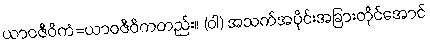
ယာဝဇီဝိကံ=ယာဝဇီဝိကတည်း။ (ဝါ) အသက်အပိုင်းအခြားတိုင်အောင်